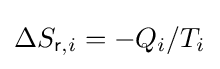
{\textstyle \Delta S_{{\mathsf {r}},i}=-Q_{i}/T_{i}}